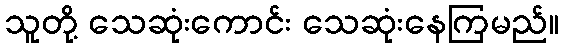
သူတို့ သေဆုံးကောင်း သေဆုံးနေကြမည်။